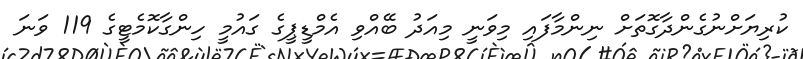
ކުރިޔަށްނުގެންދާގޮތަށް ނިންމާފައި މިވަނީ މިއަދު ބޭއްވި އެމްޑީޕީގެ ގައުމީ ހިންގާކޮމެޓީގެ 119 ވަނަ